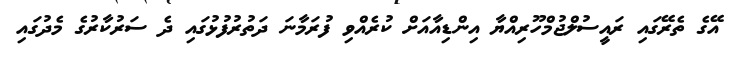
އޭގެ ތެރޭގައި ރައީސުލްޖުމްހޫރިއްޔާ އިންޑިއާއަށް ކުރެއްވި ފުރަމާނަ ދަތުރުފުޅުގައި ދެ ސަރުކާރުގެ މެދުގައި